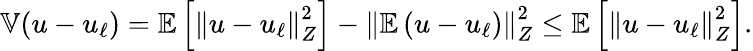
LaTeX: \mathbb{V}(u-u_{\ell})=\mathbb{E}\left[\left\Vert u-u_{\ell}\right\Vert_{Z}^{2}\right]-\left\Vert\mathbb{E}\left(u-u_{\ell}\right)\right\Vert_{Z}^{2}\le\mathbb{E}\left[\left\Vert u-u_{\ell}\right\Vert_{Z}^{2}\right].